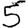
Digit: 5